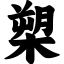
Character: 槊